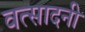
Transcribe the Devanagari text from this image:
वत्सादनी